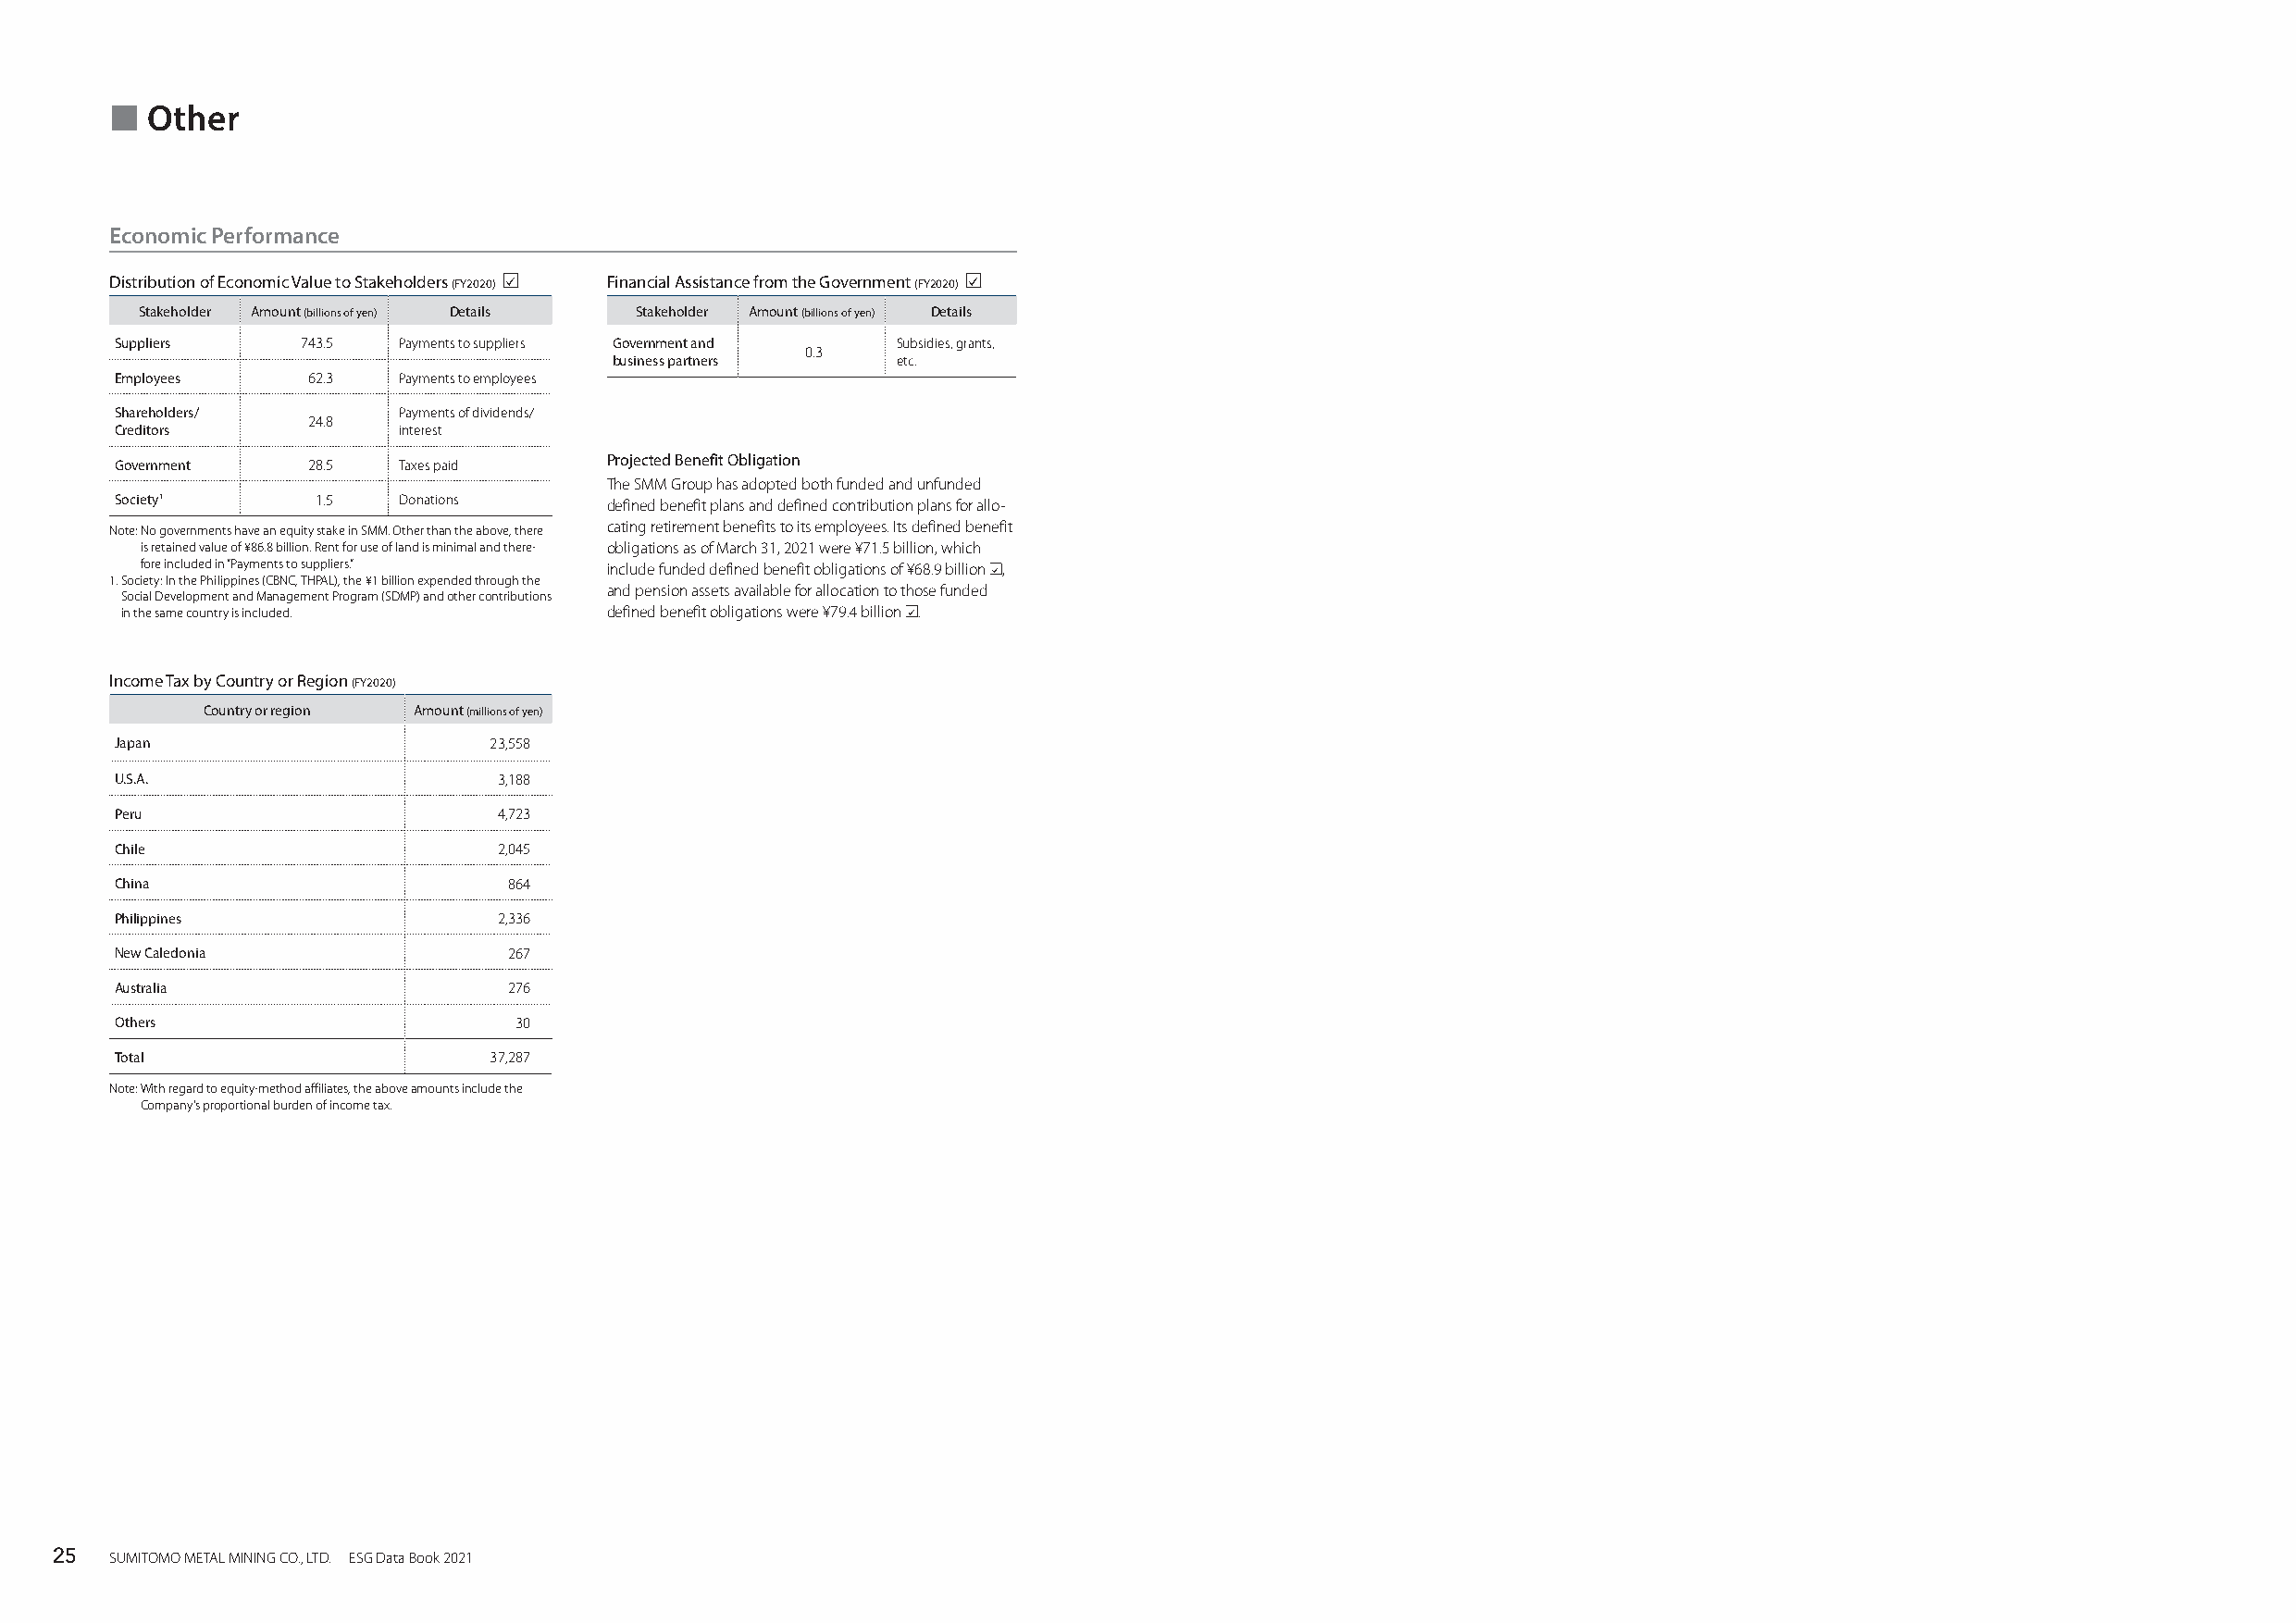
  Other
 Economic Performance
 Distribution of Economic Value to Stakeholders (FY2020) Financial Assistance from the Government (FY2020)
 Stakeholder Amount (billions of yen) Details Stakeholder Amount (billions of yen) Details
 Suppliers     743.5  Payments to suppliers Government and Subsidies, grants,
 0.3
 business partners   etc.
 Employees     62.3   Payments to employees
 Shareholders/        Payments of dividends/
 24.8
 Creditors            interest
 Government    28.5   Taxes paid    Projected Benefit Obligation
 The SMM Group has adopted both funded and unfunded
 Society1       1.5   Donations     defined benefit plans and defined contribution plans for allo-
 Note: No governments have an equity stake in SMM. Other than the above, there cating retirement benefits to its employees. Its defined benefit
 is retained value of ¥86.8 billion. Rent for use of land is minimal and there- obligations as of March 31, 2021 were ¥71.5 billion, which
 fore included in “Payments to suppliers.” include funded defined benefit obligations of ¥68.9 billion ,
 1. Society: In the Philippines (CBNC, THPAL), the ¥1 billion expended through the
 and pension assets available for allocation to those funded
 Social Development and Management Program (SDMP) and other contributions
 in the same country is included.  defined benefit obligations were ¥79.4 billion .
 Income Tax by Country or Region (FY2020)
 Country or region Amount (millions of yen)
 Japan                      23,558
 U.S.A.                      3,188
 Peru                        4,723
 Chile                       2,045
 China                       864
 Philippines                 2,336
 New Caledonia               267
 Australia                   276
 Others                       30
 Total                      37,287
 Note: With regard to equity-method affiliates, the above amounts include the
 Company’s proportional burden of income tax.
 25  SUMITOMO METAL MINING CO., LTD. ESG Data Book 2021